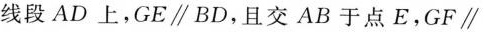
线段AD上，GE \parallel BD，且交AB于点E，GF \parallel